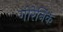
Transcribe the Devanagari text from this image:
गोरेनिंक